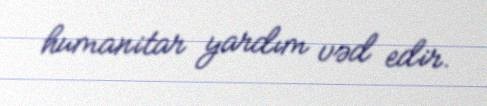
humanitar yardım vəd edir.